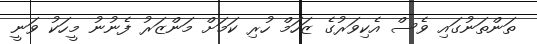
ތަންތަނުގައި ވެސް އެކިވަރުގެ ޒަހަމް ހުރި ކަމަށް މަންޒަރު ފެނުނު މީހަކު ވަނީ